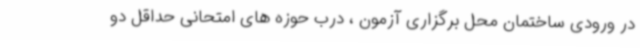
در ورودی ساختمان محل برگزاری آزمون ، درب حوزه های امتحانی حداقل دو